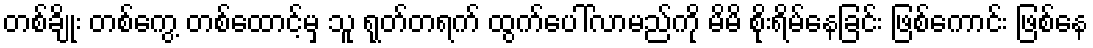
တစ်ချိုး တစ်ကွေ့ တစ်ထောင့်မှ သူ ရုတ်တရက် ထွက်ပေါ်လာမည်ကို မိမိ စိုးရိမ်နေခြင်း ဖြစ်ကောင်း ဖြစ်နေ